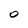
Character: O